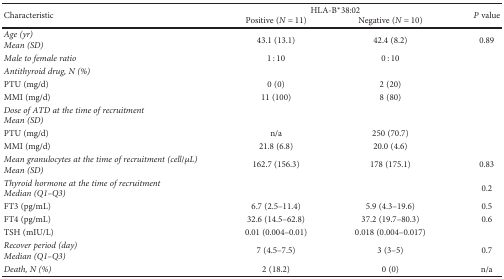
<table><thead><tr><td rowspan="2"><b>Characteristic</b></td><td colspan="2"><b>HLA-B<sup>∗</sup>38:02</b></td><td rowspan="2"><b><i>P</i> value</b></td></tr><tr><td><b>Positive (<i>N</i> = 11)</b></td><td><b>Negative (<i>N</i> = 10)</b></td></tr></thead><tbody><tr><td><i>Age (yr)</i><i>Mean (SD)</i></td><td>43.1 (13.1)</td><td>42.4 (8.2)</td><td>0.89</td></tr><tr><td><i>Male to female ratio</i></td><td>1 : 10</td><td>0 : 10</td><td></td></tr><tr><td><i>Antithyroid drug, N (%)</i></td><td></td><td></td><td></td></tr><tr><td>PTU (mg/d)</td><td>0 (0)</td><td>2 (20)</td><td></td></tr><tr><td>MMI (mg/d)</td><td>11 (100)</td><td>8 (80)</td><td></td></tr><tr><td><i>Dose of ATD at the time of recruitment</i><i>Mean (SD)</i></td><td></td><td></td><td></td></tr><tr><td>PTU (mg/d)</td><td>n/a</td><td>250 (70.7)</td><td></td></tr><tr><td>MMI (mg/d)</td><td>21.8 (6.8)</td><td>20.0 (4.6)</td><td></td></tr><tr><td><i>Mean granulocytes at the time of recruitment (cell/μL)</i><i>Mean (SD)</i></td><td>162.7 (156.3)</td><td>178 (175.1)</td><td>0.83</td></tr><tr><td><i>Thyroid hormone at the time of recruitment</i><i>Median (Q1–Q3)</i></td><td></td><td></td><td>0.2</td></tr><tr><td>FT3 (pg/mL)</td><td>6.7 (2.5–11.4)</td><td>5.9 (4.3–19.6)</td><td>0.5</td></tr><tr><td>FT4 (pg/mL)</td><td>32.6 (14.5–62.8)</td><td>37.2 (19.7–80.3)</td><td>0.6</td></tr><tr><td>TSH (mIU/L)</td><td>0.01 (0.004–0.01)</td><td>0.018 (0.004–0.017)</td><td></td></tr><tr><td><i>Recover period (day)</i><i>Median (Q1–Q3)</i></td><td>7 (4.5–7.5)</td><td>3 (3–5)</td><td>0.7</td></tr><tr><td><i>Death, N (%)</i></td><td>2 (18.2)</td><td>0 (0)</td><td>n/a</td></tr></tbody></table>